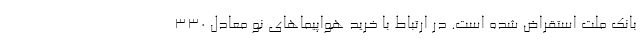
بانک ملت استقراض شده است. در ارتباط با خرید هواپیماهای نو معادل 330